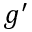
g ^ { \prime }